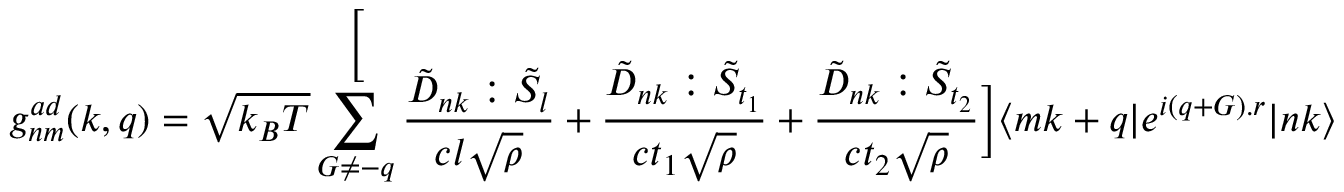
g _ { n m } ^ { a d } ( k , q ) = \sqrt { k _ { B } T } \sum _ { G \neq - q } ^ \bigg [ \frac { \tilde { D } _ { n k } : \tilde { S } _ { l } } { c l \sqrt { \rho } } + \frac { \tilde { D } _ { n k } : \tilde { S } _ { t _ { 1 } } } { c t _ { 1 } \sqrt { \rho } } + \frac { \tilde { D } _ { n k } : \tilde { S } _ { t _ { 2 } } } { c t _ { 2 } \sqrt { \rho } } \bigg ] \langle m k + q | e ^ { i ( q + G ) . r } | n k \rangle